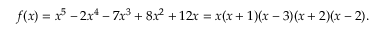
f ( x ) = x ^ { 5 } - 2 x ^ { 4 } - 7 x ^ { 3 } + 8 x ^ { 2 } + 1 2 x = x ( x + 1 ) ( x - 3 ) ( x + 2 ) ( x - 2 ) .